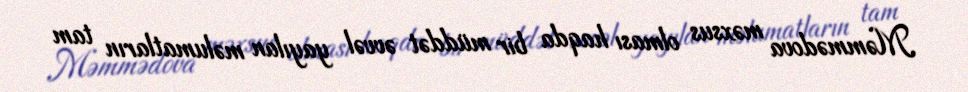
Məmmədova məxsus olması haqda bir müddət əvvəl yayılan məlumatların tam